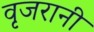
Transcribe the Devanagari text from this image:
वृजरानी